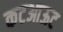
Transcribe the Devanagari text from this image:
कटआऊट